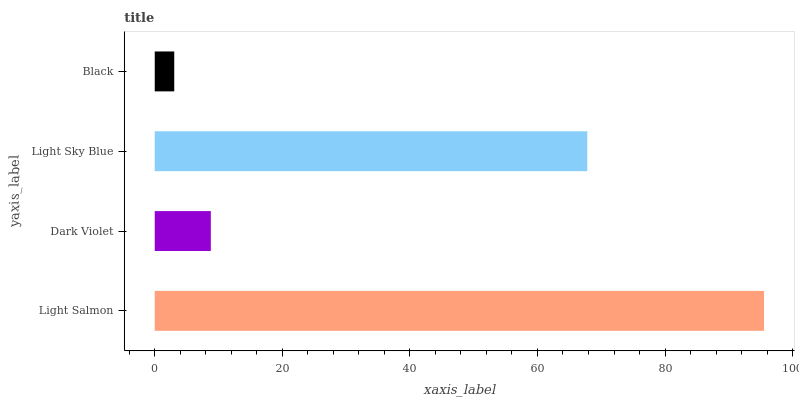
| yaxis_label | bars |
 | --- | --- |
 | Light Salmon | 95.5 |
 | Dark Violet | 8.79 |
 | Light Sky Blue | 67.8 |
 | Black | 3.06 |